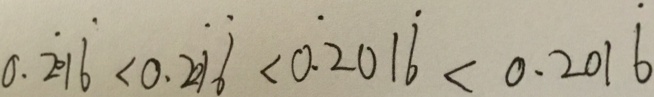
0 . \dot { 2 } 0 1 \dot { 6 } < 0 . 2 0 \dot { 1 } \dot { 6 } < 0 . \dot { 2 } 0 1 \dot { 6 } < 0 . 2 0 1 \dot { 6 }